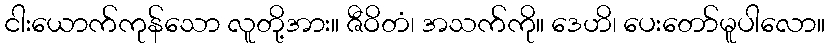
ငါးယောက်ကုန်သော လူတို့အား။ ဇီဝိတံ၊ အသက်ကို။ ဒေဟိ၊ ပေးတော်မူပါလော။